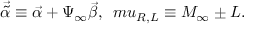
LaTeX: { \vec { \tilde { \alpha } } } \equiv { \vec { \alpha } } + \Psi _ { \infty } { \vec { \beta } } , \ \, m u _ { R , L } \equiv M _ { \infty } \pm L .